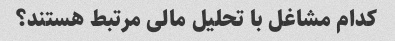
کدام مشاغل با تحلیل مالی مرتبط هستند؟